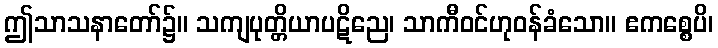
ဤသာသနာတော်၌။ သကျပုတ္တိယာပဋိညေ၊ သာကီဝင်ဟုဝန်ခံသော။ ဧကစ္စေပိ၊